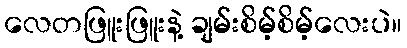
လေတဖြူးဖြူးနဲ့ ချမ်းစိမ့်စိမ့်လေးပဲ။